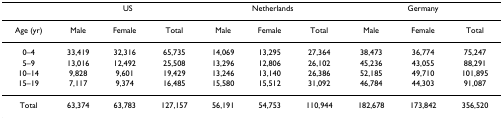
<table><thead><tr><td></td><td colspan="3"><b>US</b></td><td colspan="3"><b>Netherlands</b></td><td colspan="3"><b>Germany</b></td></tr></thead><tbody><tr><td>Age (yr)</td><td>Male</td><td>Female</td><td>Total</td><td>Male</td><td>Female</td><td>Total</td><td>Male</td><td>Female</td><td>Total</td></tr><tr><td>0–4</td><td>33,419</td><td>32,316</td><td>65,735</td><td>14,069</td><td>13,295</td><td>27,364</td><td>38,473</td><td>36,774</td><td>75,247</td></tr><tr><td>5–9</td><td>13,016</td><td>12,492</td><td>25,508</td><td>13,296</td><td>12,806</td><td>26,102</td><td>45,236</td><td>43,055</td><td>88,291</td></tr><tr><td>10–14</td><td>9,828</td><td>9,601</td><td>19,429</td><td>13,246</td><td>13,140</td><td>26,386</td><td>52,185</td><td>49,710</td><td>101,895</td></tr><tr><td>15–19</td><td>7,117</td><td>9,374</td><td>16,485</td><td>15,580</td><td>15,512</td><td>31,092</td><td>46,784</td><td>44,303</td><td>91,087</td></tr><tr><td>Total</td><td>63,374</td><td>63,783</td><td>127,157</td><td>56,191</td><td>54,753</td><td>110,944</td><td>182,678</td><td>173,842</td><td>356,520</td></tr></tbody></table>